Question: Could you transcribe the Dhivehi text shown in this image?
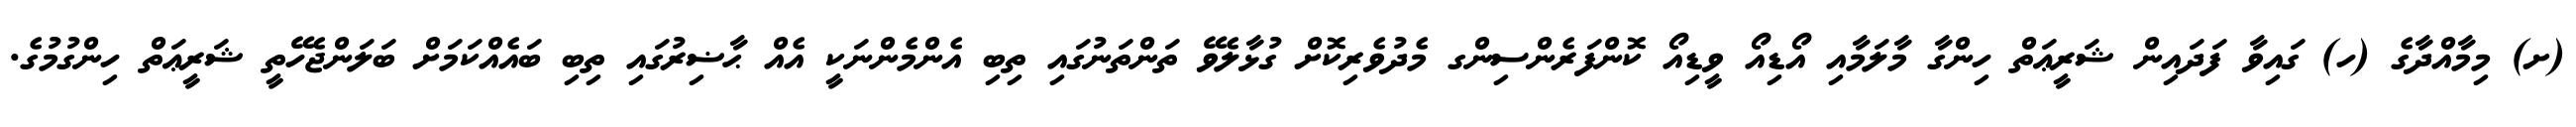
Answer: (ށ) މިމާއްދާގެ (ހ) ގައިވާ ފަދައިން ޝަރީޢަތް ހިންގާ މާލަމާއި އޯޑިއޯ ވީޑިއޯ ކޮންފަރެންސިންގ މެދުވެރިކޮށް ގުޅާލެވޭ ތަންތަނުގައި ތިބި އެންމެންނަކީ އެއް ޙާޟިރުގައި ތިބި ބައެއްކަމަށް ބަލަންޖެހޭތީ ޝަރީޢަތް ހިންގުމުގެ.